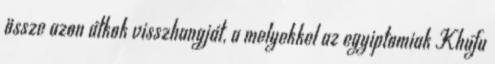
össze azon átkok visszhangját, a melyekkel az egyiptomiak Khufu